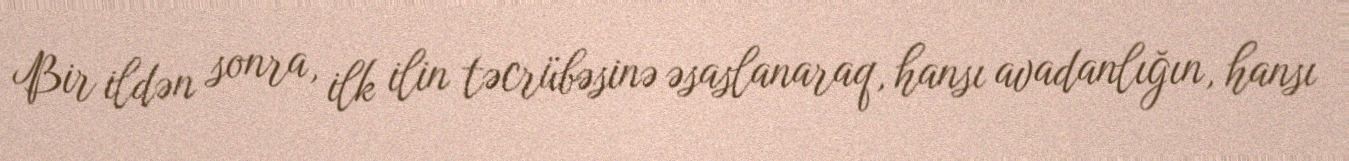
Bir ildən sonra, ilk ilin təcrübəsinə əsaslanaraq, hansı avadanlığın, hansı